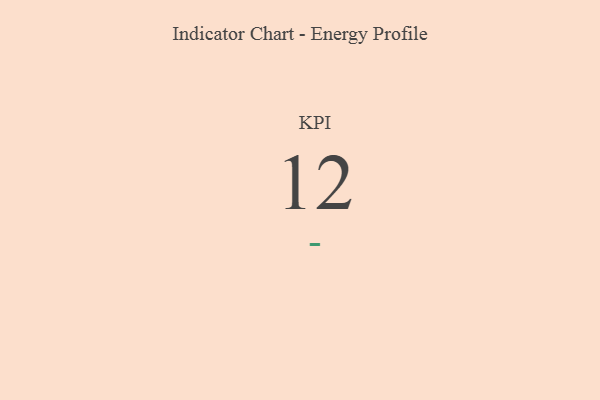
{"axis": {"x": "KPI", "y": "Value"}, "legend": [""], "data": [{"x": "KPI", "y": 12, "type": ""}]}